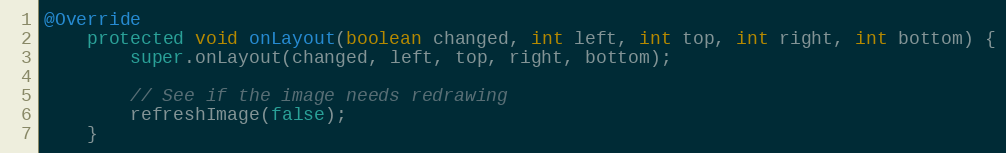
Language: Java
@Override
    protected void onLayout(boolean changed, int left, int top, int right, int bottom) {
        super.onLayout(changed, left, top, right, bottom);

        // See if the image needs redrawing
        refreshImage(false);
    }